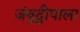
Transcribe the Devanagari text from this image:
जंबूद्वीपाला